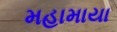
મહામાયા